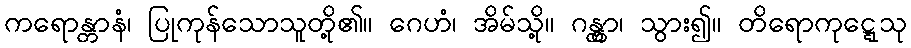
ကရောန္တာနံ၊ ပြုကုန်သောသူတို့၏။ ဂေဟံ၊ အိမ်သို့။ ဂန္တွာ၊ သွား၍။ တိရောကုဋ္ဋေသု